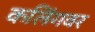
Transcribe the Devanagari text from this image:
कलिंगवर